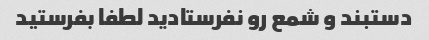
دستبند و شمع رو نفرستادید لطفا بفرستید